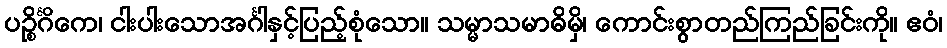
ပဉ္စိင်္ဂိကေ၊ ငါးပါးသောအင်္ဂါနှင့်ပြည့်စုံသော။ သမ္မာသမာဓိမှိ၊ ကောင်းစွာတည်ကြည်ခြင်းကို။ ဧဝံ၊